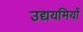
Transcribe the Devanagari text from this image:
उद्ययमियों